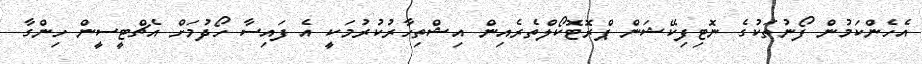
އެހެންކަމުން ފޯނުތަކުގެ ނޮޓިފިކޭޝަން ޕްރޮޓޮކޯލްތެރެއިން އިޝްތިހާރުކުރުމަކީ އެ ފައިސާ ހޯދުމަށް އެޗްޓީސީން ހިންގާ